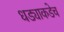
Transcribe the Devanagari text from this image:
धड्याकडेच